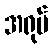
အရုပ်